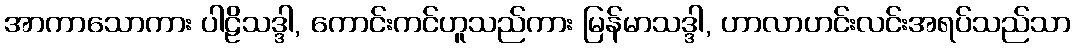
အာကာသောကား ပါဠိသဒ္ဒါ, ကောင်းကင်ဟူသည်ကား မြန်မာသဒ္ဒါ, ဟာလာဟင်းလင်းအရပ်သည်သာ